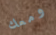
ومعك